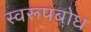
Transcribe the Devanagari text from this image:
स्वरूपबोध